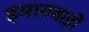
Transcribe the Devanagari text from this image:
इमामबाड़ों